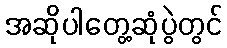
အဆိုပါတွေ့ဆုံပွဲတွင်